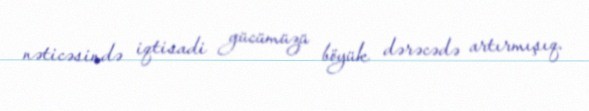
nəticəsində iqtisadi gücümüzü böyük dərəcədə artırmışıq.